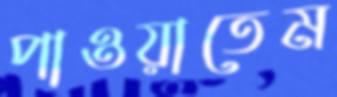
পাওয়াতেম